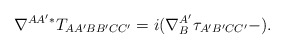
\begin{align*}\nabla ^{AA^{\prime }\ast }T_{AA^{\prime }BB^{\prime }CC^{\prime}}=i(\nabla _{B}^{A^{\prime }}\tau _{A^{\prime }B^{\prime }CC^{\prime }}-). \end{align*}